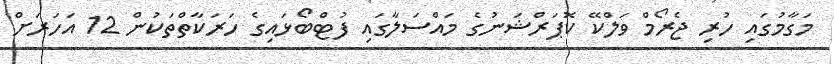
މަގާމުގައި ހުރި ޖެރޯމް ވަލްކޭ ކޮޕަރްޝަނުގެ މައްސަލާގައި ފުޓްބޯޅައިގެ ހަރަކާތްތަކުން 12 އަހަރަށް